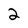
Character: 2